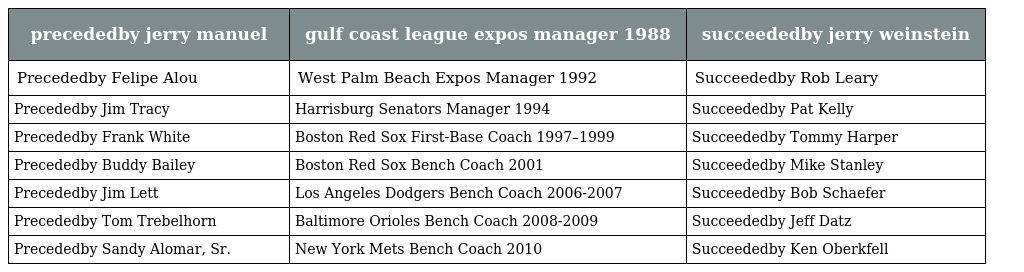
| precededby jerry manuel | gulf coast league expos manager 1988 | succeededby jerry weinstein |
 | --- | --- | --- |
 | Precededby Felipe Alou | West Palm Beach Expos Manager 1992 | Succeededby Rob Leary |
 | Precededby Jim Tracy | Harrisburg Senators Manager 1994 | Succeededby Pat Kelly |
 | Precededby Frank White | Boston Red Sox First-Base Coach 1997–1999 | Succeededby Tommy Harper |
 | Precededby Buddy Bailey | Boston Red Sox Bench Coach 2001 | Succeededby Mike Stanley |
 | Precededby Jim Lett | Los Angeles Dodgers Bench Coach 2006-2007 | Succeededby Bob Schaefer |
 | Precededby Tom Trebelhorn | Baltimore Orioles Bench Coach 2008-2009 | Succeededby Jeff Datz |
 | Precededby Sandy Alomar, Sr. | New York Mets Bench Coach 2010 | Succeededby Ken Oberkfell |